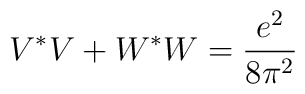
V^*V+W^*W=\frac{e^2}{8\pi^2}